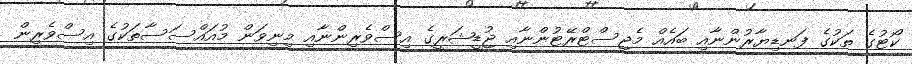
ކޯޓުގެ ތަކުގެ ފަނޑިޔާރުންނާއި ބައެއް މެޖިސްޓްރޭޓުންނާއި ޖުޑީޝަރީގެ އިސްވެރިންނާއި މިނިވަން މުއައްސަސާތަކުގެ އިސްވެރިން